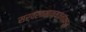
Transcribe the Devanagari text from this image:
सर्वसामान्यजनांकडून